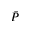
\bar { P }